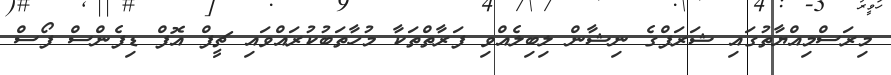
މިރަސްމިއްޔާތުގައި ޝަރަފްގެ ނިޝާން ލިބިލެއްވި ފަރާތްތަކާ މުހާތަބުކުރައްވައި ޗީފް އޮފް ޑިފެންސް ފޯސް